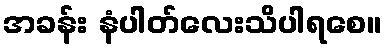
အခန်း နံပါတ်လေးသိပါရစေ။